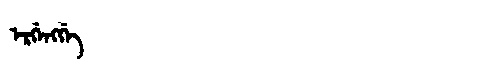
Manchu: ᡝᡵᡤᡝᠩᡤᡝ
Romanization: ERGENGGE